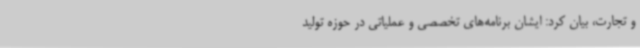
و تجارت، بیان کرد: ایشان برنامه‌های تخصصی و عملیاتی در حوزه تولید